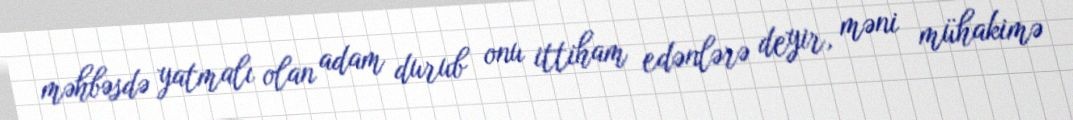
məhbəsdə yatmalı olan adam durub onu ittiham edənlərə deyir, məni mühakimə